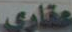
عقاري